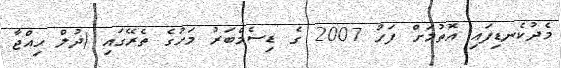
މެދުކެނޑިފައި އޮތުމަށް ފަހު 2007 ގެ ޑިސެމްބަރު މަހުގެ ތެރޭގައި (ޛުލް ޙިއްޖާ